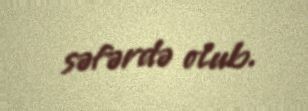
səfərdə olub.